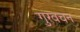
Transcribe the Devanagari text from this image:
गुरवचन